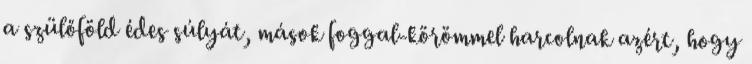
a szülőföld édes súlyát, mások foggal-körömmel harcolnak azért, hogy